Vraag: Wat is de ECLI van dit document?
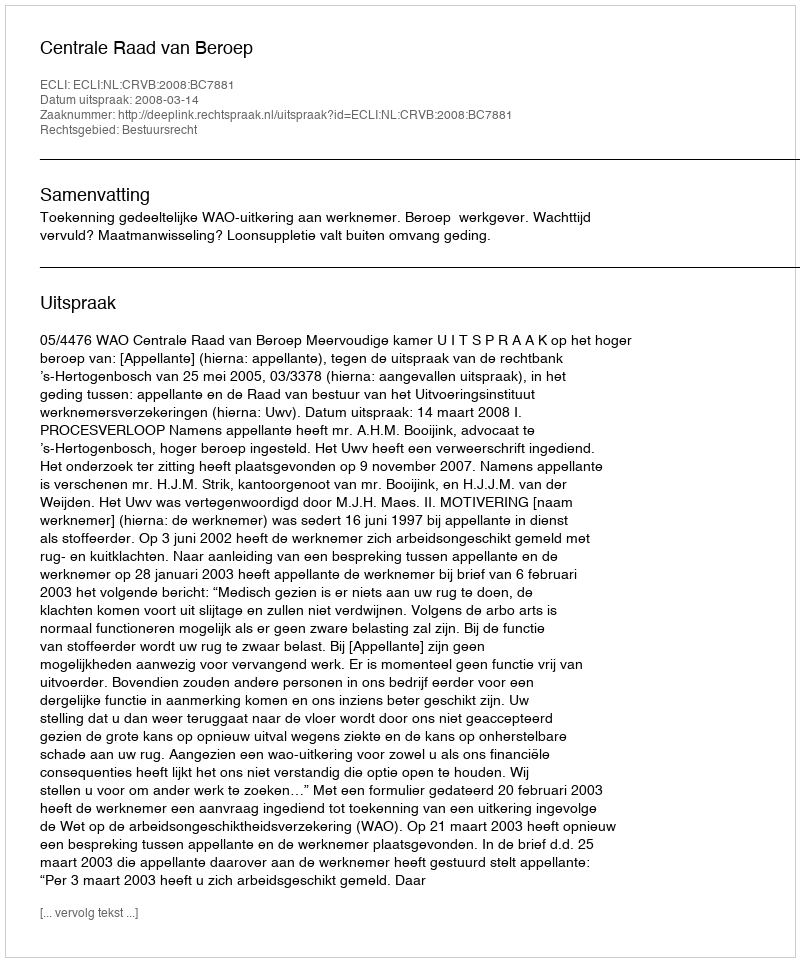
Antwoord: ECLI:NL:CRVB:2008:BC7881